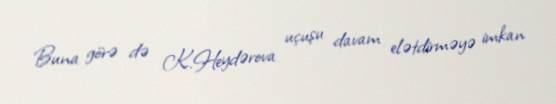
Buna görə də K.Heydərova uçuşu davam elətdirməyə imkan